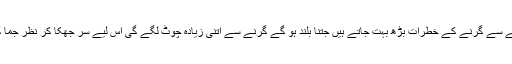
لیکن دھیان رکھنا اونچائی پر جانے سے گرنے کے خطرات بڑھ بہت جاتے ہیں جتنا بلند ہو گے گرنے سے اتنی زیادہ چوٹ لگے گی اس لیے سر جھکا کر نظر جما کر بس پاتے جاؤ اوربڑھتے جاؤ ۔